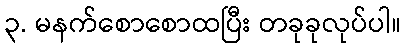
၃. မနက်စောစောထပြီး တခုခုလုပ်ပါ။